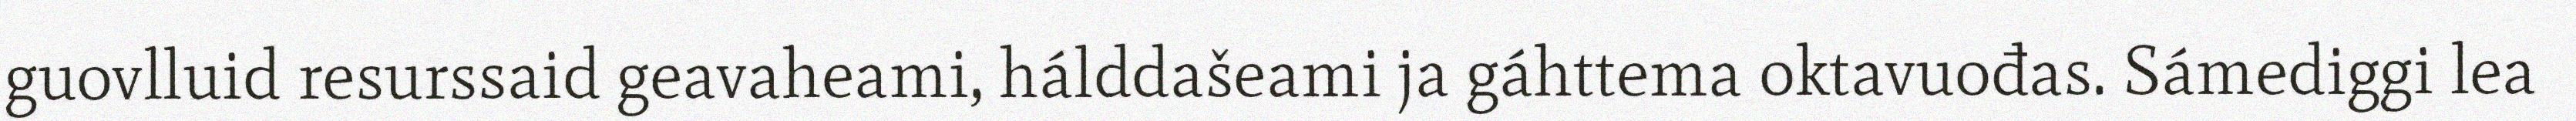
guovlluid resurssaid geavaheami, hálddašeami ja gáhttema oktavuođas. Sámediggi lea